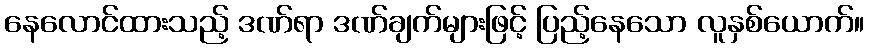
နေလောင်ထားသည့် ဒဏ်ရာ ဒဏ်ချက်များဖြင့် ပြည့်နေသော လူနှစ်ယောက်။